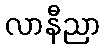
လာနီညာ